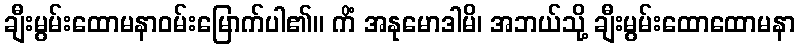
ချီးမွမ်းထောမနာဝမ်းမြောက်ပါ၏။ ကိံ အနုမောဒါမိ၊ အဘယ်သို့ ချီးမွမ်းထောထောမနာ